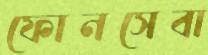
ফোনসেবা